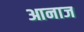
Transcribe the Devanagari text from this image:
आनाज